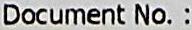
DOCUMENT NO. :